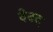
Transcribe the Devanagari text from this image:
वेबद